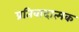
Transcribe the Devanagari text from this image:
प्रतिवादात्मक